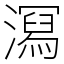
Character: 㵼